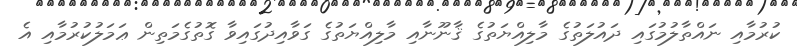
ކުރުމާއި ނައްތާލުމުގައި ދައުލަތުގެ މާލިއްޔަތުގެ ޤާނޫނާއި މާލިއްޔަތުގެ ގަވާއިދުގައިވާ ގޮތުގެމަތިން ޢަމަލުކުރުމާއި އެ